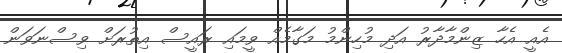
އެއީ އެހާ ޒިންމާދާރު އަދި މުހިންމު މަގާމެއް ވީމައި ރައީސް އިތުރަށް ވިސްނަވަން